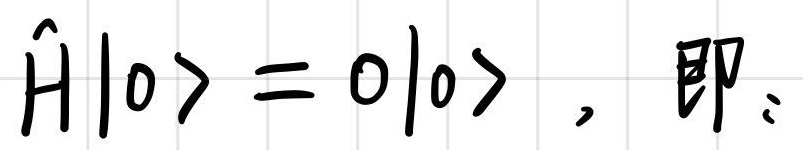
$\hat{H}|0\rangle = 0|0\rangle\ ,\ 即:$